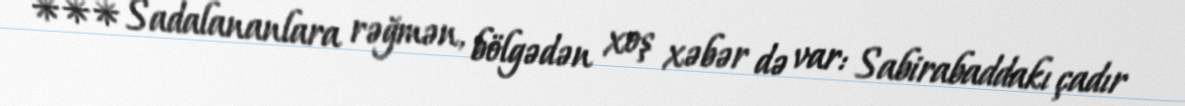
*** Sadalananlara rəğmən, bölgədən xoş xəbər də var: Sabirabaddakı çadır